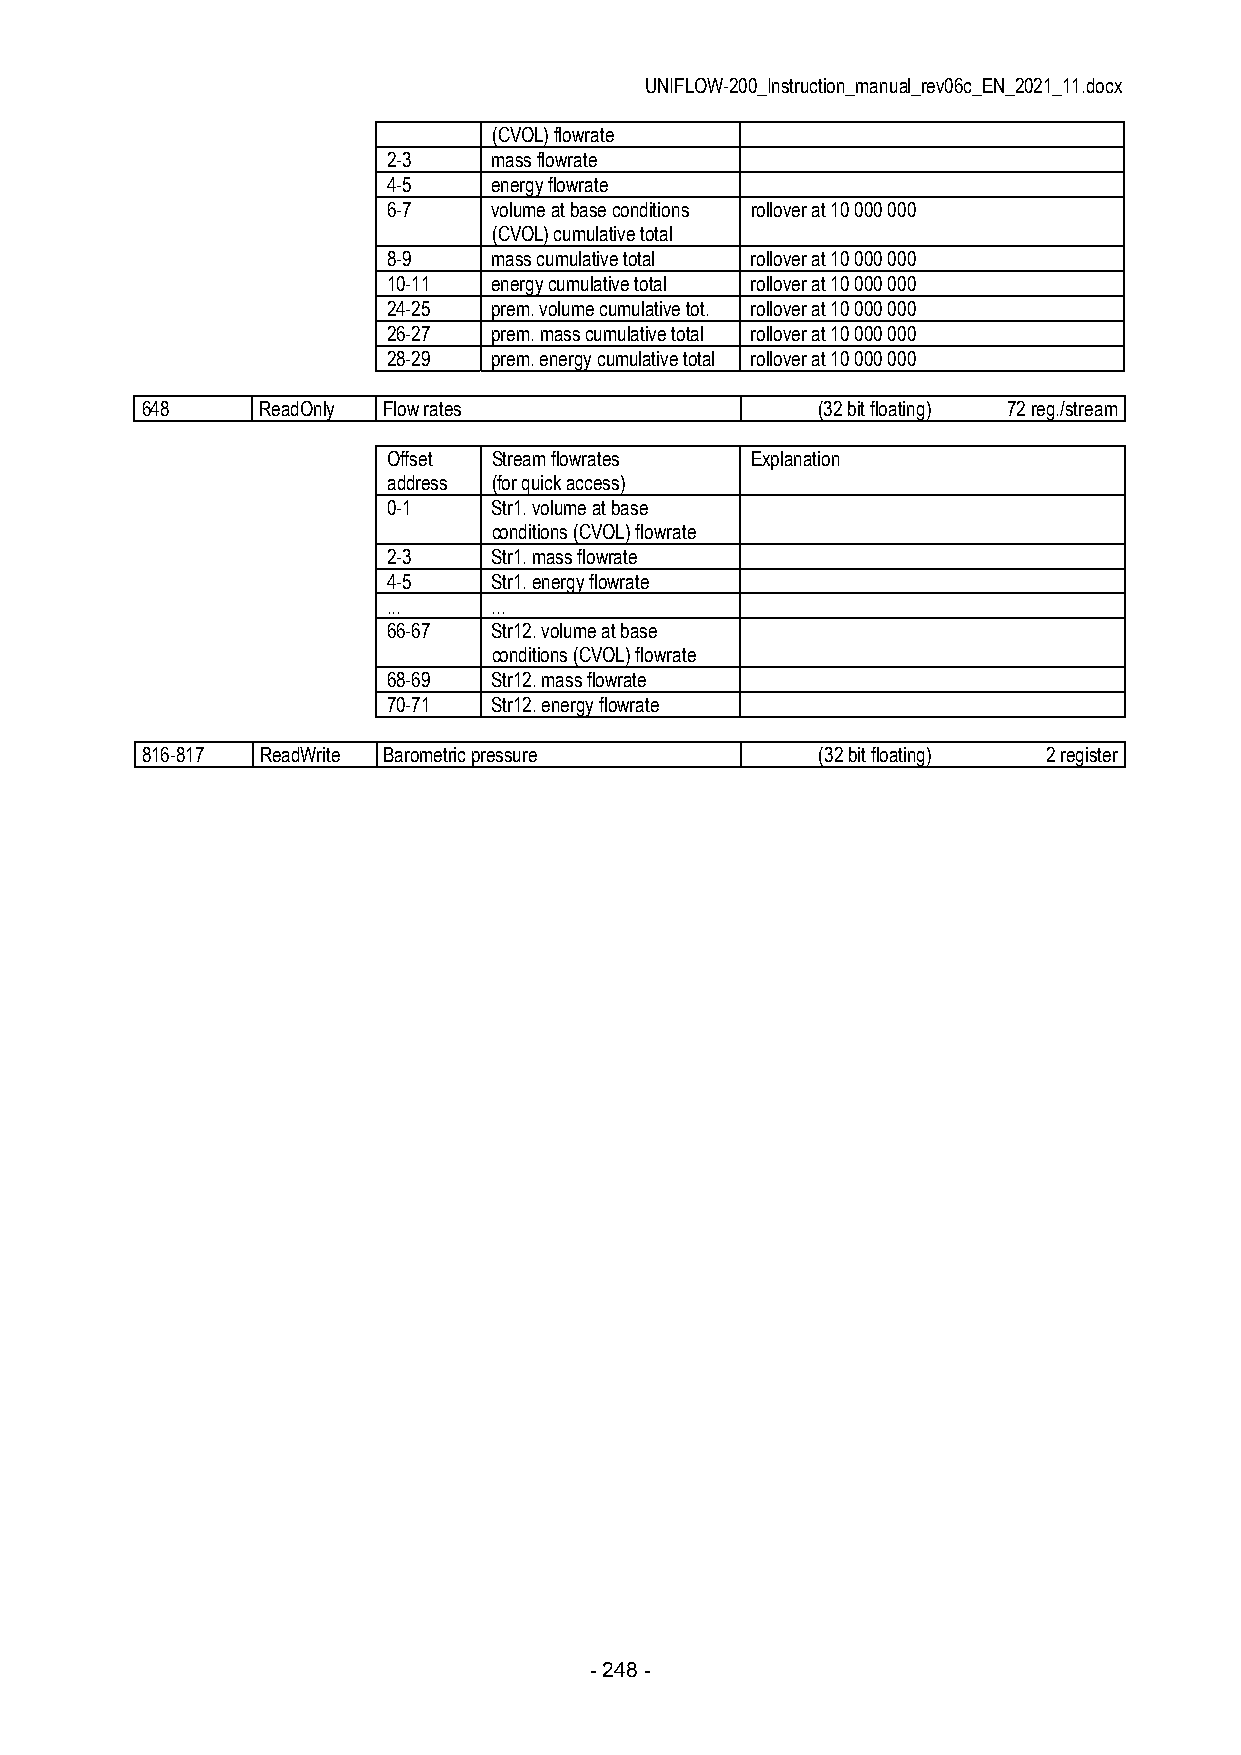
UNIFLOW-200_Instruction_manual_rev06c_EN_2021_11.docx
 (CVOL) flowrate
 2-3    mass flowrate
 4-5    energy flowrate
 6-7    volume at base conditions rollover at 10 000 000
 (CVOL) cumulative total
 8-9    mass cumulative total rollover at 10 000 000
 10-11  energy cumulative total rollover at 10 000 000
 24-25  prem. volume cumulative tot. rollover at 10 000 000
 26-27  prem. mass cumulative total rollover at 10 000 000
 28-29  prem. energy cumulative total rollover at 10 000 000
 648     ReadOnly Flow rates                  (32 bit floating) 72 reg./stream
 Offset Stream flowrates Explanation
 address (for quick access)
 0-1    Str1. volume at base
 conditions (CVOL) flowrate
 2-3    Str1. mass flowrate
 4-5    Str1. energy flowrate
 ...    ...
 66-67  Str12. volume at base
 conditions (CVOL) flowrate
 68-69  Str12. mass flowrate
 70-71  Str12. energy flowrate
 816-817 ReadWrite Barometric pressure        (32 bit floating) 2 register
 - 248 -